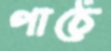
পাঠে